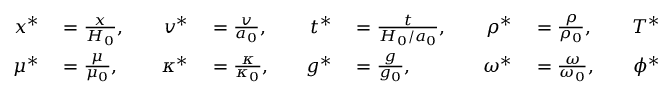
\begin{array} { r l r l r l r l r l r l r l } { x ^ { * } } & { { } = \frac { x } { H _ { 0 } } , \quad } & { v ^ { * } } & { { } = \frac { v } { a _ { 0 } } , \quad } & { t ^ { * } } & { { } = \frac { t } { H _ { 0 } / a _ { 0 } } , \quad } & { \rho ^ { * } } & { { } = \frac { \rho } { \rho _ { 0 } } , \quad } & { T ^ { * } } & { { } = \frac { T } { T _ { 0 } } , \quad } & { p ^ { * } } & { { } = \frac { p } { \rho _ { 0 } a _ { 0 } ^ { 2 } } , \quad } & { m ^ { * } } & { { } = \frac { m } { m _ { O } } , } \\ { \mu ^ { * } } & { { } = \frac { \mu } { \mu _ { 0 } } , \quad } & { \kappa ^ { * } } & { { } = \frac { \kappa } { \kappa _ { 0 } } , \quad } & { g ^ { * } } & { { } = \frac { g } { g _ { 0 } } , \quad } & { \omega ^ { * } } & { { } = \frac { \omega } { \omega _ { 0 } } , \quad } & { \phi ^ { * } } & { { } = \frac { \phi } { H _ { 0 } ^ { 2 } } , \quad } & { I ^ { * } } & { { } = \frac { I } { a _ { 0 } / H _ { 0 } ^ { 3 } } , \quad } & { \lambda ^ { * } } & { { } = \frac { \lambda } { \lambda _ { 0 } } , } \end{array}